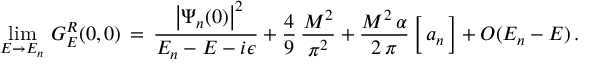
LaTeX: \operatorname * { l i m } _ { E \to E _ { n } } \, G _ { E } ^ { R } ( 0 , 0 ) \, = \, \frac { \, \, \left| \Psi _ { n } ( 0 ) \right| ^ { 2 } } { E _ { n } - E - i \epsilon } + \frac { 4 } { 9 } \, \frac { M ^ { 2 } } { \pi ^ { 2 } } + \frac { M ^ { 2 } \, \alpha } { 2 \, \pi } \, \bigg [ \, a _ { n } \, \bigg ] + { \cal { O } } ( E _ { n } - E ) \, .